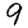
Digit: 9